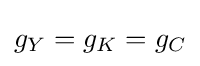
g_{Y}=g_{K}=g_{C}